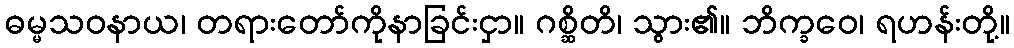
ဓမ္မသဝနာယ၊ တရားတော်ကိုနာခြင်းငှာ။ ဂစ္ဆိတိ၊ သွား၏။ ဘိက္ခဝေ၊ ရဟန်းတို့။